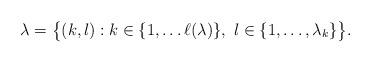
LaTeX: \begin{align*}\lambda = \big\{ (k,l) : k\in\{1,\dots \ell(\lambda)\},\ l\in \{1,\dots, \lambda_k\} \big\}.\end{align*}